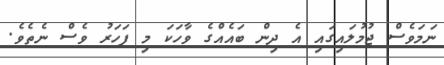
ނަމަވެސް ޖުމުލައިގައި އެ ދިން ބައެއްގެ ވާހަކަ މި ފަހަރު ވެސް ނެތެވެ.